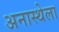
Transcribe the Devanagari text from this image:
अनास्थेला